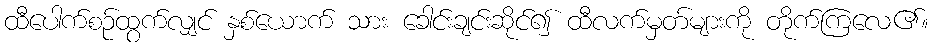
ထီပေါက်စဉ်ထွက်လျှင် နှစ်ယောက် သား ခေါင်းချင်းဆိုင်၍ ထီလက်မှတ်များကို တိုက်ကြလေ၏။